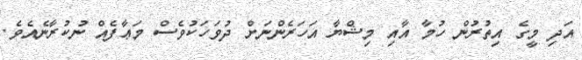
އަދި މީގެ އިތުރުން ހުމާ އާއި މިޝްޔާ އަހަރެންނަށް ދުވަހަކުވެސް މަޢާފެއް ނުކުރާނެއެވެ.